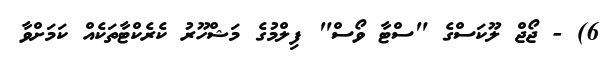
6) - ޖޯޖް ލޫކަސްގެ "ސްޓާ ވޯސް" ފިލްމުގެ މަޝްހޫރު ކެރެކްޓާތަކެއް ކަމަށްވާ